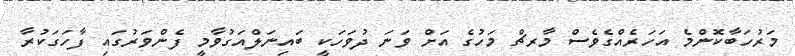
މަރުހަބާކޮންމެ އަހަރެއްގެވެސް މާރޗް މަހުގެ އަށް ވަނަ ދުވަހަކީ ބައިނަލްއަގުވާމީ ފެންވަރުގައި ފާހަގަކުރާ